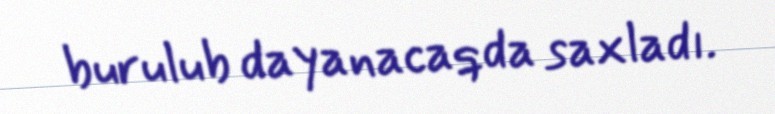
burulub dayanacaqda saxladı.